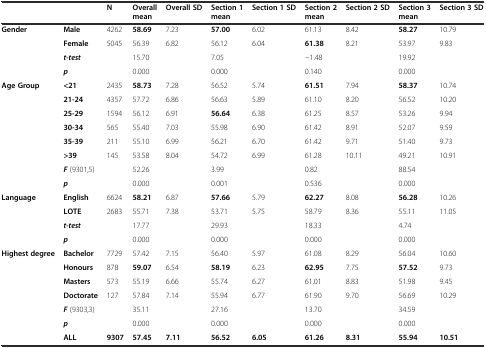
<table><thead><tr><td></td><td></td><td><b>N</b></td><td><b>Overall mean</b></td><td><b>Overall SD</b></td><td><b>Section 1 mean</b></td><td><b>Section 1 SD</b></td><td><b>Section 2 mean</b></td><td><b>Section 2 SD</b></td><td><b>Section 3 mean</b></td><td><b>Section 3 SD</b></td></tr></thead><tbody><tr><td rowspan="4"><b>Gender</b></td><td><b>Male</b></td><td>4262</td><td><b>58.69</b></td><td>7.23</td><td><b>57.00</b></td><td>6.02</td><td>61.13</td><td>8.42</td><td><b>58.27</b></td><td>10.79</td></tr><tr><td><b>Female</b></td><td>5045</td><td>56.39</td><td>6.82</td><td>56.12</td><td>6.04</td><td><b>61.38</b></td><td>8.21</td><td>53.97</td><td>9.83</td></tr><tr><td><b><i>t-test</i></b></td><td></td><td colspan="2">15.70</td><td colspan="2">7.05</td><td colspan="2">−1.48</td><td colspan="2">19.92</td></tr><tr><td><b><i>p</i></b></td><td></td><td colspan="2">0.000</td><td colspan="2">0.000</td><td colspan="2">0.140</td><td colspan="2">0.000</td></tr><tr><td rowspan="8"><b>Age Group</b></td><td><b>&lt;21</b></td><td>2435</td><td><b>58.73</b></td><td>7.28</td><td>56.52</td><td>5.74</td><td><b>61.51</b></td><td>7.94</td><td><b>58.37</b></td><td>10.74</td></tr><tr><td><b>21-24</b></td><td>4357</td><td>57.72</td><td>6.86</td><td>56.63</td><td>5.89</td><td>61.10</td><td>8.20</td><td>56.52</td><td>10.20</td></tr><tr><td><b>25-29</b></td><td>1594</td><td>56.12</td><td>6.91</td><td><b>56.64</b></td><td>6.38</td><td>61.25</td><td>8.57</td><td>53.26</td><td>9.94</td></tr><tr><td><b>30-34</b></td><td>565</td><td>55.40</td><td>7.03</td><td>55.98</td><td>6.90</td><td>61.42</td><td>8.91</td><td>52.07</td><td>9.59</td></tr><tr><td><b>35-39</b></td><td>211</td><td>55.10</td><td>6.99</td><td>56.21</td><td>6.70</td><td>61.42</td><td>9.71</td><td>51.40</td><td>9.73</td></tr><tr><td><b>&gt;39</b></td><td>145</td><td>53.58</td><td>8.04</td><td>54.72</td><td>6.99</td><td>61.28</td><td>10.11</td><td>49.21</td><td>10.91</td></tr><tr><td><b><i>F</i></b> (9301,5)</td><td></td><td colspan="2">52.26</td><td colspan="2">3.99</td><td colspan="2">0.82</td><td colspan="2">88.54</td></tr><tr><td><b><i>p</i></b></td><td></td><td colspan="2">0.000</td><td colspan="2">0.001</td><td colspan="2">0.536</td><td colspan="2">0.000</td></tr><tr><td rowspan="4"><b>Language</b></td><td><b>English</b></td><td>6624</td><td><b>58.21</b></td><td>6.87</td><td><b>57.66</b></td><td>5.79</td><td><b>62.27</b></td><td>8.08</td><td><b>56.28</b></td><td>10.26</td></tr><tr><td><b>LOTE</b></td><td>2683</td><td>55.71</td><td>7.38</td><td>53.71</td><td>5.75</td><td>58.79</td><td>8.36</td><td>55.11</td><td>11.05</td></tr><tr><td><b><i>t-test</i></b></td><td></td><td colspan="2">17.77</td><td colspan="2">29.93</td><td colspan="2">18.33</td><td colspan="2">4.74</td></tr><tr><td><b><i>p</i></b></td><td></td><td colspan="2">0.000</td><td colspan="2">0.000</td><td colspan="2">0.000</td><td colspan="2">0.000</td></tr><tr><td rowspan="6"><b>Highest degree</b></td><td><b>Bachelor</b></td><td>7729</td><td>57.42</td><td>7.15</td><td>56.40</td><td>5.97</td><td>61.08</td><td>8.29</td><td>56.04</td><td>10.60</td></tr><tr><td><b>Honours</b></td><td>878</td><td><b>59.07</b></td><td>6.54</td><td><b>58.19</b></td><td>6.23</td><td><b>62.95</b></td><td>7.75</td><td><b>57.52</b></td><td>9.73</td></tr><tr><td><b>Masters</b></td><td>573</td><td>55.19</td><td>6.66</td><td>55.74</td><td>6.27</td><td>61.01</td><td>8.83</td><td>51.98</td><td>9.45</td></tr><tr><td><b>Doctorate</b></td><td>127</td><td>57.84</td><td>7.14</td><td>55.94</td><td>6.77</td><td>61.90</td><td>9.70</td><td>56.69</td><td>10.29</td></tr><tr><td><b><i>F</i></b> (9303,3)</td><td></td><td colspan="2">35.11</td><td colspan="2">27.16</td><td colspan="2">13.70</td><td colspan="2">34.59</td></tr><tr><td><b><i>p</i></b></td><td></td><td colspan="2">0.000</td><td colspan="2">0.000</td><td colspan="2">0.000</td><td colspan="2">0.000</td></tr><tr><td></td><td><b>ALL</b></td><td><b>9307</b></td><td><b>57.45</b></td><td><b>7.11</b></td><td><b>56.52</b></td><td><b>6.05</b></td><td><b>61.26</b></td><td><b>8.31</b></td><td><b>55.94</b></td><td><b>10.51</b></td></tr></tbody></table>